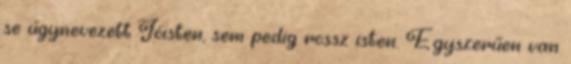
se úgynevezett Jóisten, sem pedig rossz isten. Egyszerűen van